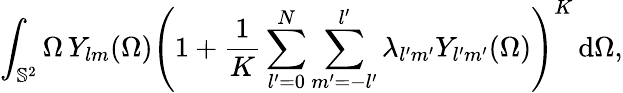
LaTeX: \int_{\mathbb{S}^{2}}\Omega\, Y_{lm}(\Omega)\left(1+\frac{1}{K}\sum_{l^{\prime}=0}^{N}\sum_{m^{\prime}=-l^{\prime}}^{l^{\prime}}\lambda_{l^{\prime}m^{\prime}}Y_{l^{\prime}m^{\prime}}(\Omega)\right)^{K}\, \mathrm{d}\Omega,